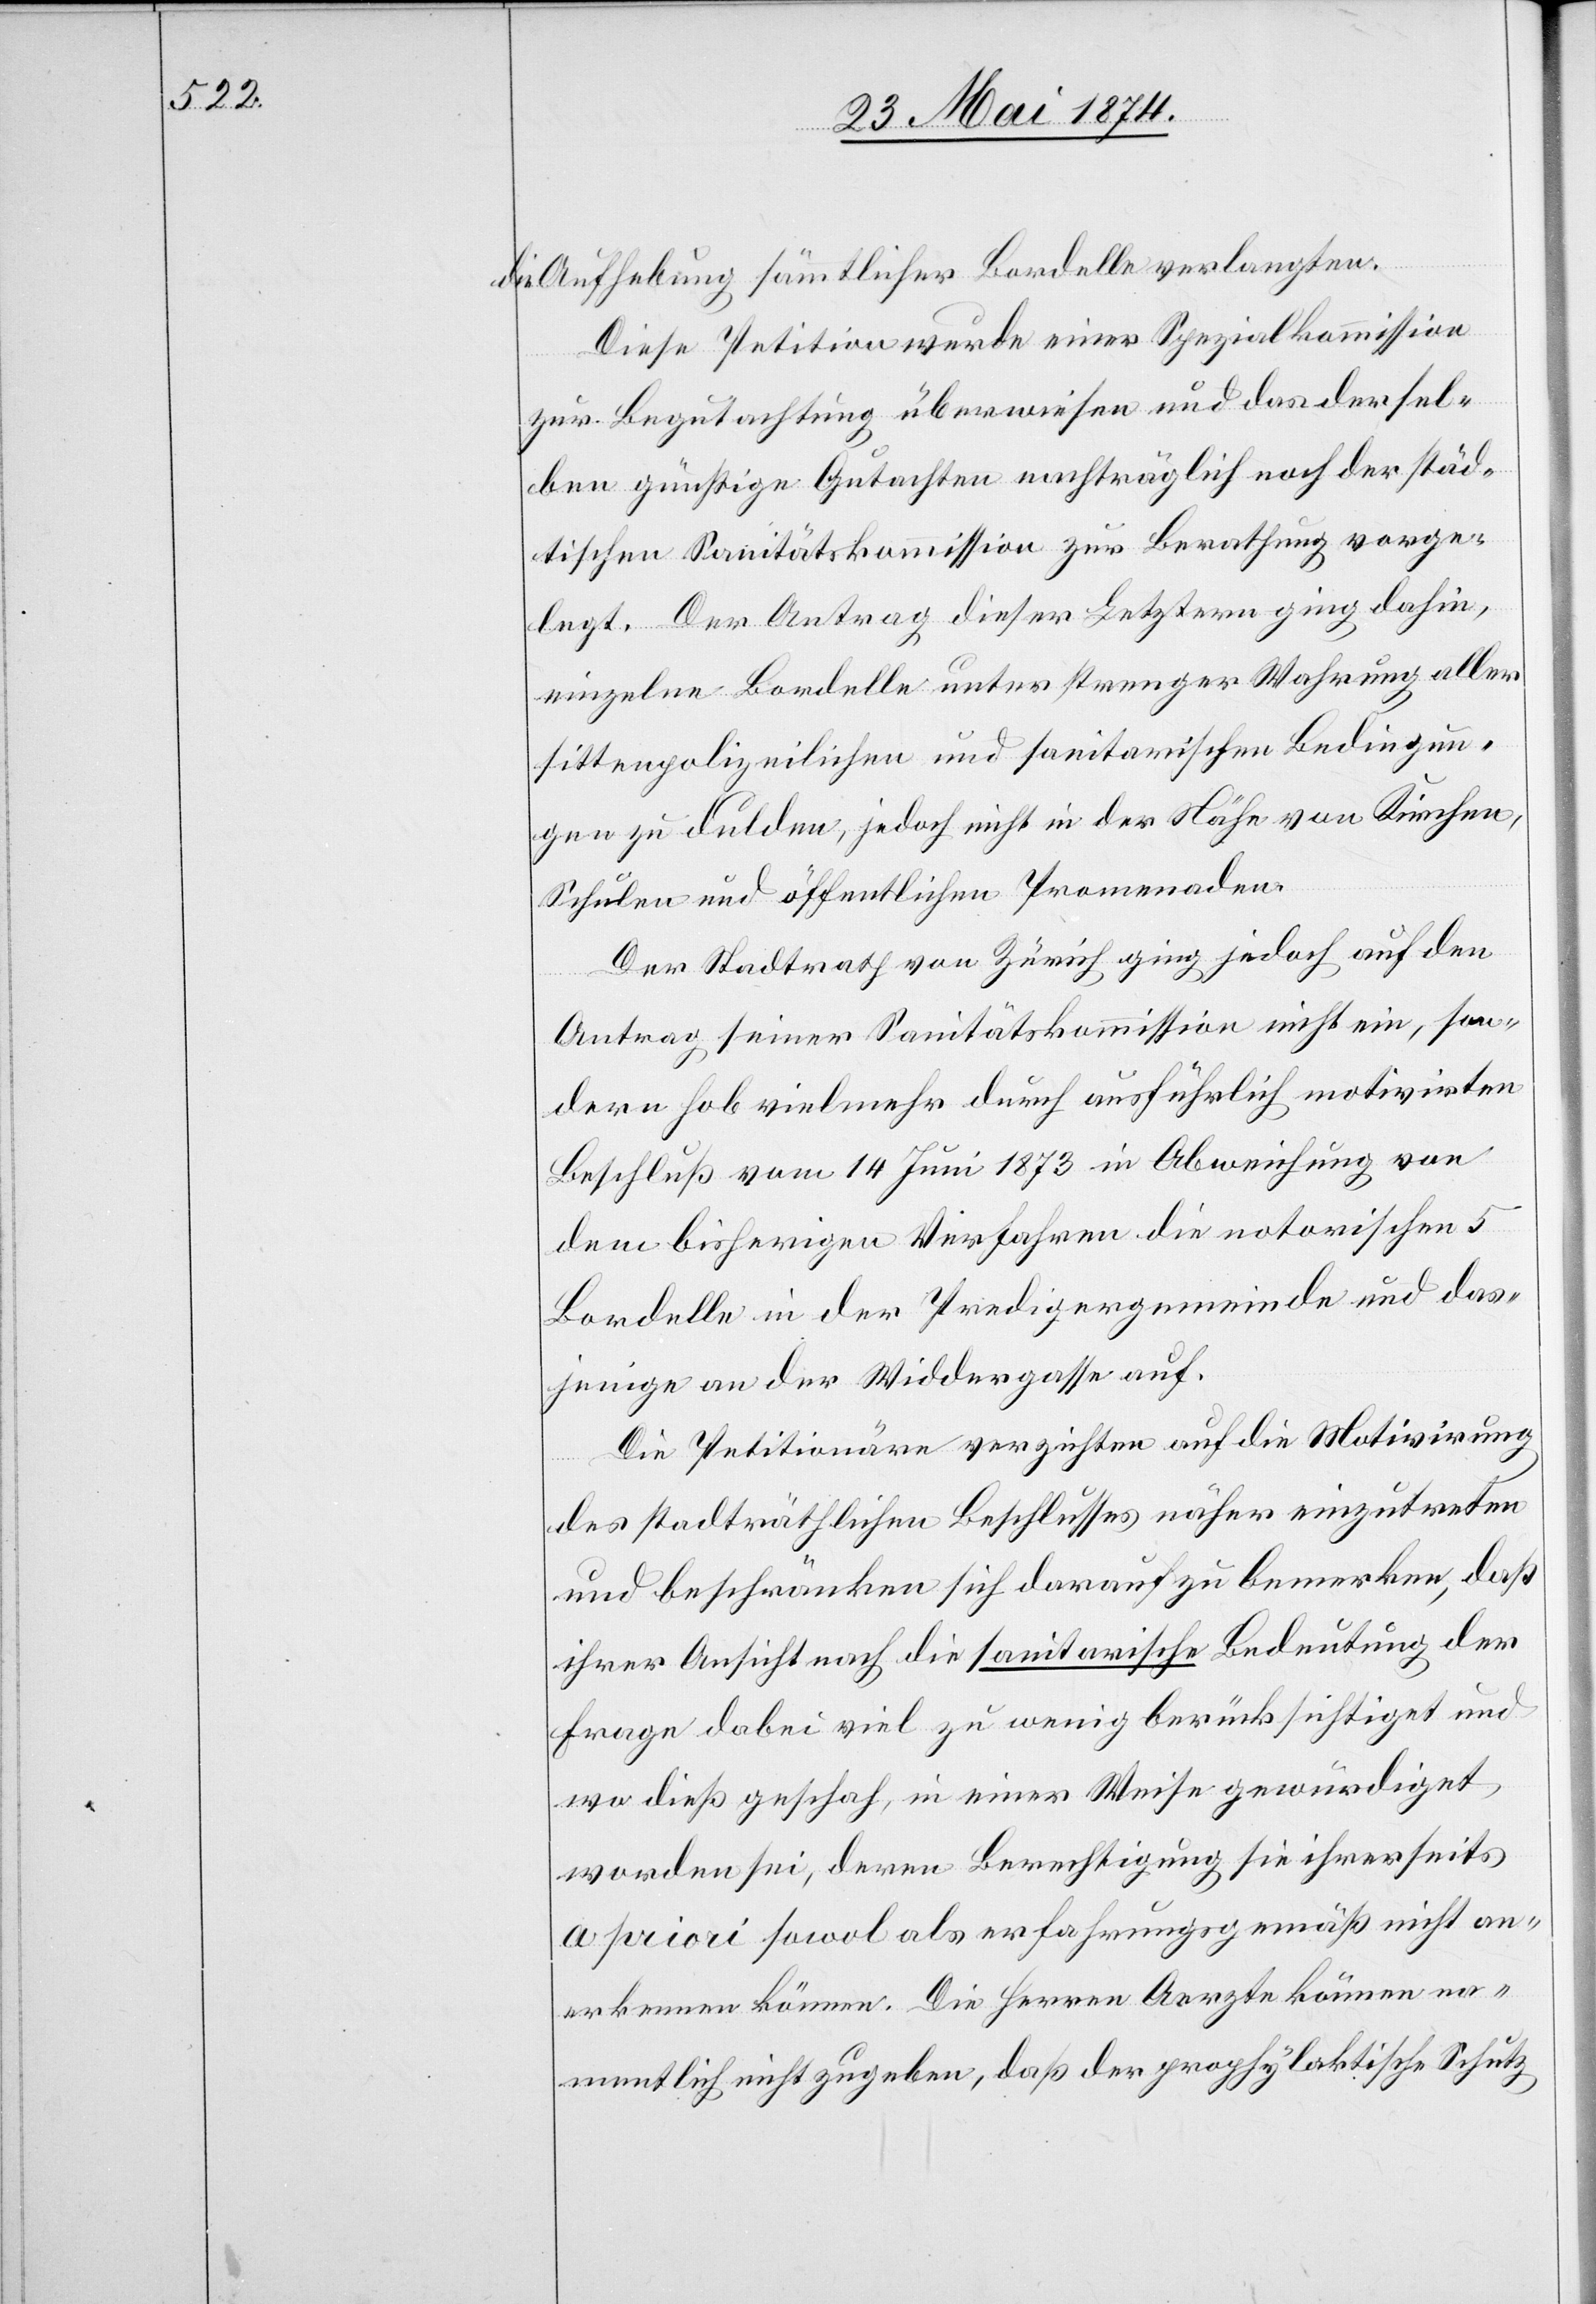
die Aufhebung sämtlicher Bordelle verlangten.
Diese Petition wurde einer Spezialkommission
zur Begutachtung überwiesen und das dersel¬
ben günstige Gutachten nachträglich noch der städ¬
tischen Sanitätskommission zur Berathung vorge¬
legt. Der Antrag dieser Letztern ging dahin,
einzelne Bordelle unter strenger Wahrung aller
sittenpolizeilichen und sanitarischen Bedingun¬
gen zu dulden, jedoch nicht in der Nähe von Kirchen,
Schulen und öffentlichen Promenaden.
Der Stadtrath von Zürich ging jedoch auf den
Antrag seiner Sanitätskommission nicht ein, son¬
dern hob vielmehr durch ausführlich motivirten
Beschluß vom 14. Juni 1873 in Abweichung von
dem bisherigen Verfahren die notorischen 5
Bordelle in der Predigergemeinde und das¬
jenige an der Widdergasse auf.
Die Petitionäre verzichten auf die Motivirung
des stadträthlichen Beschlusses näher einzutreten
und beschränken sich darauf zu bemerken, daß
ihrer Ansicht nach die sanitarische Bedeutung der
Frage dabei viel zu wenig berücksichtiget und
wo dieß geschah, in einer Weise gewürdiget
worden sei, deren Berechtigung sie ihrerseits
a priori sowol als erfahrungsgemäß nicht an¬
erkennen können. Die Herren Aerzte können na¬
mentlich nicht zugeben, daß der prophylaktische Schutz